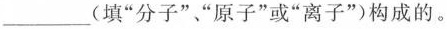
___（填“分子”“原子”或“离子”）构成的。